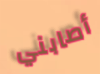
أصابني